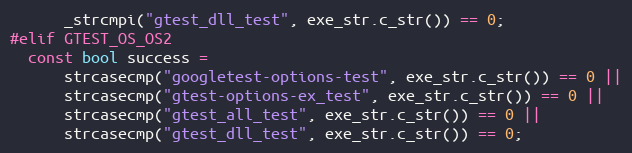
Language: C++
      _strcmpi("gtest_dll_test", exe_str.c_str()) == 0;
#elif GTEST_OS_OS2
  const bool success =
      strcasecmp("googletest-options-test", exe_str.c_str()) == 0 ||
      strcasecmp("gtest-options-ex_test", exe_str.c_str()) == 0 ||
      strcasecmp("gtest_all_test", exe_str.c_str()) == 0 ||
      strcasecmp("gtest_dll_test", exe_str.c_str()) == 0;